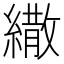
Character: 繖